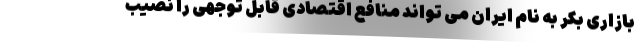
بازاری بکر به نام ایران می تواند منافع اقتصادی قابل توجهی را نصیب